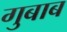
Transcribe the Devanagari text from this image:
गुबाब